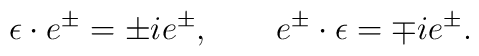
\epsilon  \cdot e^\pm = \pm i e^\pm, \qquad e^\pm \cdot \epsilon  = \mp ie^\pm.